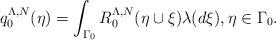
LaTeX: \begin{align*} q_0^{\Lambda,N}( \eta) = \int_{\Gamma_0} R^{\Lambda,N}_0 (\eta\cup \xi) \lambda ( d \xi), \eta \in \Gamma_{0}.\end{align*}